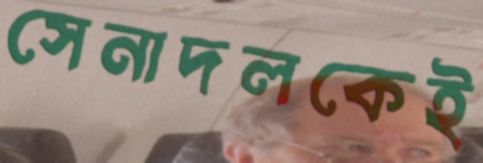
সেনাদলকেই